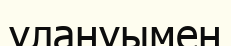
улануымен